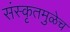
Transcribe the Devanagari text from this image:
संस्कृतमुळेच